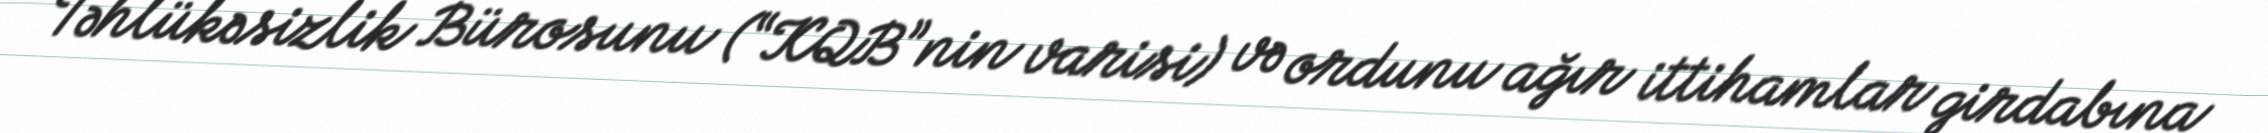
Təhlükəsizlik Bürosunu (“KQB”nin varisi) və ordunu ağır ittihamlar girdabına